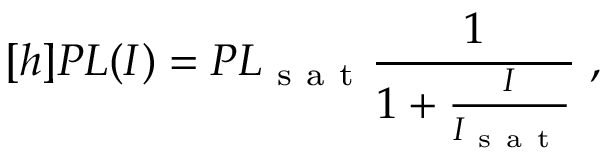
[ h ] P L ( I ) = P L _ { \mathrm { ~ s ~ a ~ t ~ } } \frac { 1 } { 1 + \frac { I } { I _ { \mathrm { ~ s ~ a ~ t ~ } } } } \; ,